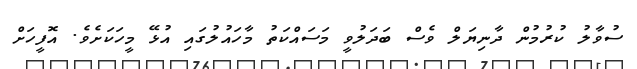
ސުވާލު ކުރުމުން ދާނިޔަލް ވެސް ބަދަލުވީ މަސައްކަތު މާހައުލުގައި އުޅޭ މީހަކަށެވެ. އޮފީހަށް